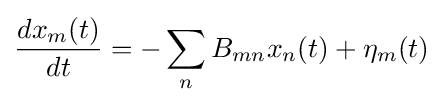
{\frac {dx_{m}(t)}{dt}}=-\sum _{n}B_{mn}x_{n}(t)+\eta _{m}(t)